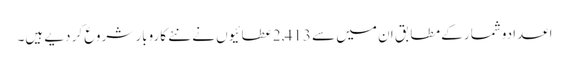
اعدادوشمار کے مطابق ان میں سے 2,413عطائیوں نے نئے کاروبار شروع کر دیے ہیں۔